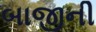
બાજીની